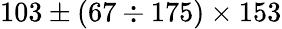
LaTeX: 103\pm(67\div 175)\times 153